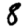
Digit: 8